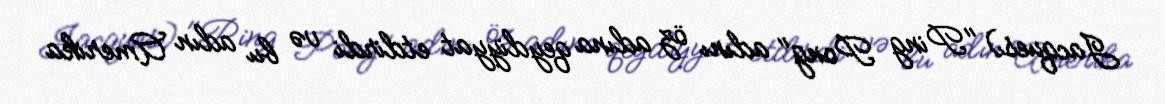
Jacques) "Ping Pong" adını öz adına qeydiyyat etdirdi və bu adın Amerika